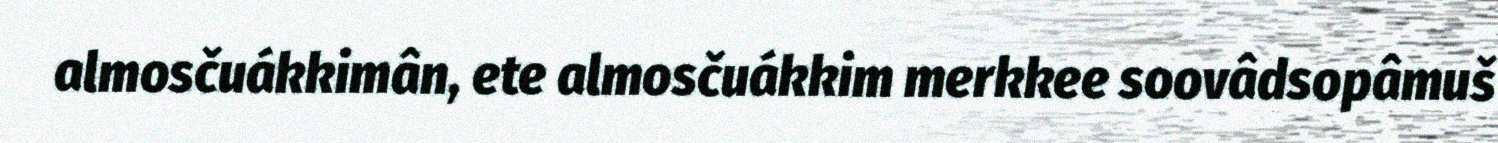
almosčuákkimân, ete almosčuákkim merkkee soovâdsopâmuš